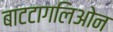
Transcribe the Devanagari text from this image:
बाटटागलिओन